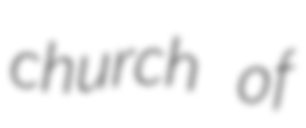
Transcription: church of